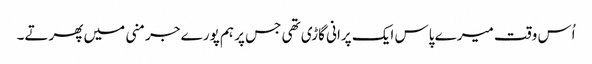
اُس وقت میرے پاس ایک پرانی گاڑی تھی جس پر ہم پورے جرمنی میں پھرتے۔